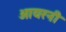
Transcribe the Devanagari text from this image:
आयरनी